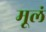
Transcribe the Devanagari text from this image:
मूलं